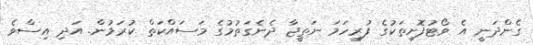
ގެންދަނީ އެ ވޯޓުފޮށިތަކުގެ ފުރިހަމަ ނަތީޖާ ދެނެގަތުމުގެ މަސައްކަތް ކުރަމުން. އަދި އިސްވެ